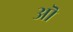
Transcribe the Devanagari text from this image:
अॊ